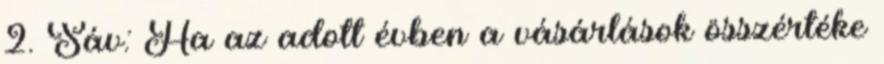
2. Sáv: Ha az adott évben a vásárlások összértéke